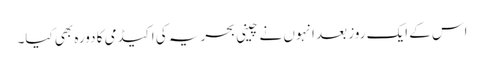
اس کے ایک روز بعد انہوں نے چینی بحریہ کی اکیڈمی کا دورہ بھی کیا۔